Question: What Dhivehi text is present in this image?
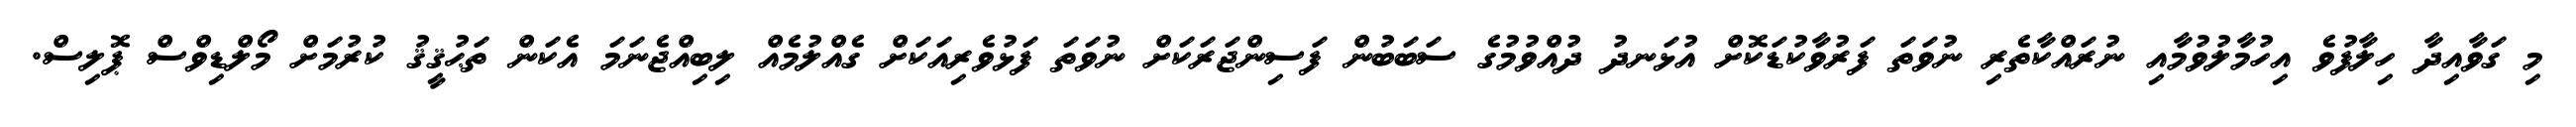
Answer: މި ގަވާއިދާ ހިލާފުވެ އިހުމާލުވުމާއި ނުރައްކާތެރި ނުވަތަ ފަރުވާކުޑަކޮށް އުޅަނދު ދުއްވުމުގެ ސަބަބުން ފަސިންޖަރަކަށް ނުވަތަ ފަޅުވެރިއަކަށް ގެއްލުމެއް ލިބިއްޖެނަމަ އެކަން ތަޙުޤީޤު ކުރުމަށް މޯލްޑިވްސް ޕޮލިސް.